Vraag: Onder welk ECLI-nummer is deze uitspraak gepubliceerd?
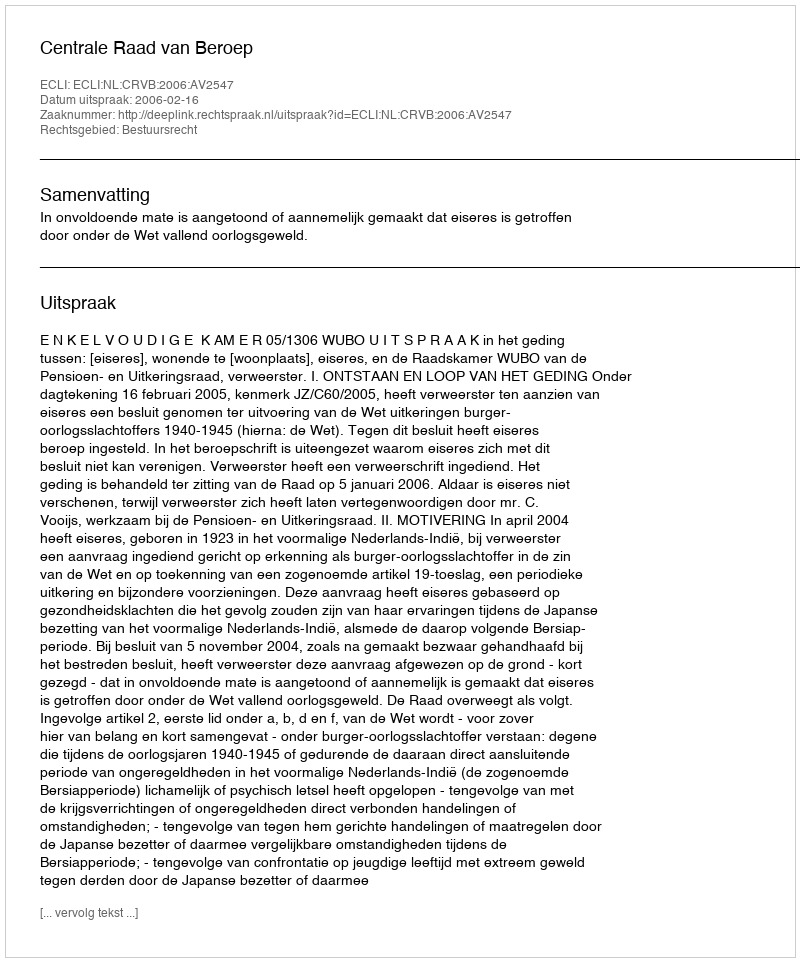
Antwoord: ECLI:NL:CRVB:2006:AV2547